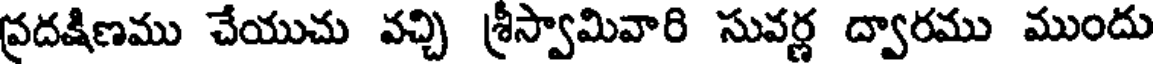
ప్రదక్షిణము చేయుచు వచ్చి శ్రీస్వామివారి సువర్ణ ద్వారము ముందు